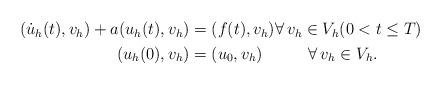
LaTeX: \begin{align*} \begin{alignedat}{1} (\dot u_h(t),v_h) + a(u_h(t),v_h) &= (f(t),v_h) \forall \,v_h\in V_h (0<t\le T)\\ (u_h(0),v_h) &= (u_{0} ,v_h) \qquad\ \ \, \forall \,v_h\in V_h . \end{alignedat}\end{align*}